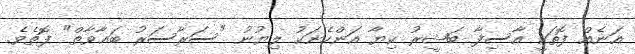
އަނެއް ފޮތަކީ އާސިފާ ބަޝީރު ކިޔާ އަންހެނަކު ލިޔުނު "ސަރާސަރު ބަޣާވާތް" ފޮތެވެ.